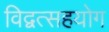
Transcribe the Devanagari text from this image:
विद्वत्सहयोग